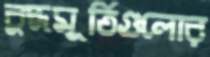
বুদ্ধমূর্তিগুলোর